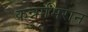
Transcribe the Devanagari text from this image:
कन्नाभिरान